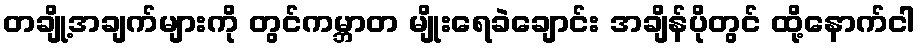
တချို့အချက်များကို တွင်ကမ္ဘာတ မျိုးရေခဲချောင်း အချိန်ပိုတွင် ထို့နောက်ငါ